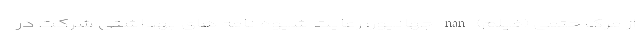
از مرگ حتمی (فیلم) nan جهانپور: رعایت شیوه نامه های بهداشتی شرکت در